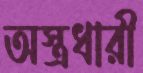
অস্ত্রধারী